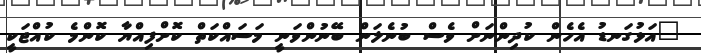
"އަޅުގަނޑު އެހެން ކުދިންނަށް ވެސް ބުނެލަން ބޭނުންވަނީ މަސައްކަތް ކޮށްފިއްޔާ ކޮންމެ ކުއްޖަކީ